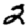
Digit: 2